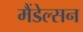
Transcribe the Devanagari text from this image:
मैंडेल्सन